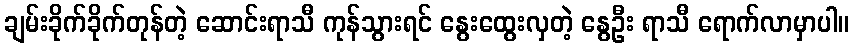
ချမ်းခိုက်ခိုက်တုန်တဲ့ ဆောင်းရာသီ ကုန်သွားရင် နွေးထွေးလှတဲ့ နွေဦး ရာသီ ရောက်လာမှာပါ။